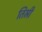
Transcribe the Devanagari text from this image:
तिस्री